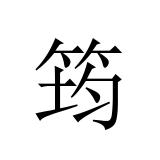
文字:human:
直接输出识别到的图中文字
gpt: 筠